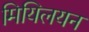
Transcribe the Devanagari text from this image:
मियिलयन